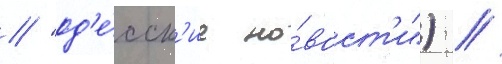
/ "од'е́сск'ие но́вост'и") /